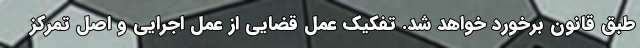
طبق قانون برخورد خواهد شد. تفکیک عمل قضایی از عمل اجرایی و اصل تمرکز